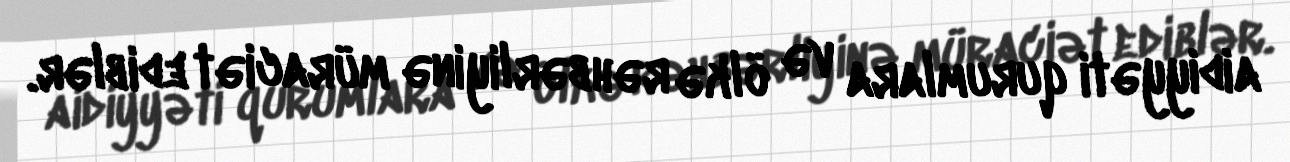
aidiyyəti qurumlara və ölkə rəhbərliyinə müraciət ediblər.